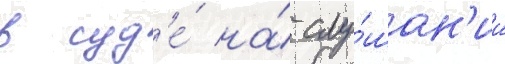
в суд'е́ на́ слу́шан'ии